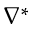
\nabla ^ { * }